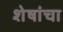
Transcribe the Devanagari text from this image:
शेषांचा